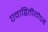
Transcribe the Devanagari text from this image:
एवाद्वितीयोऽहं